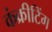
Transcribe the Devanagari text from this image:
कंक्रीटिंग